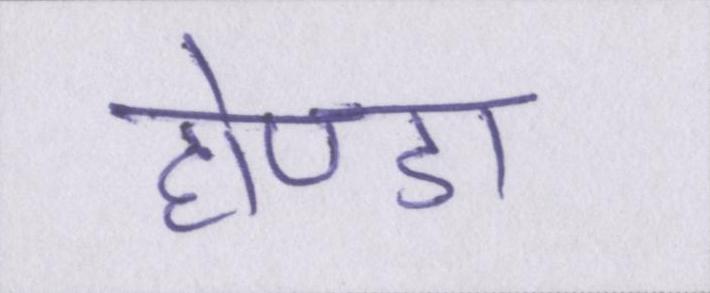
होण्डा